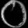
Digit: ၀